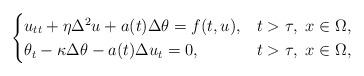
LaTeX: \begin{align*}\begin{cases}u_{tt} +\eta\Delta^2 u+a(t)\Delta\theta=f(t,u), & t>\tau,\ x\in\Omega,\\\theta_t-\kappa\Delta \theta-a(t)\Delta u_t=0, & t>\tau,\ x\in\Omega,\end{cases}\end{align*}